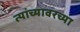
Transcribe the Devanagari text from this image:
त्यांच्यावरच्या